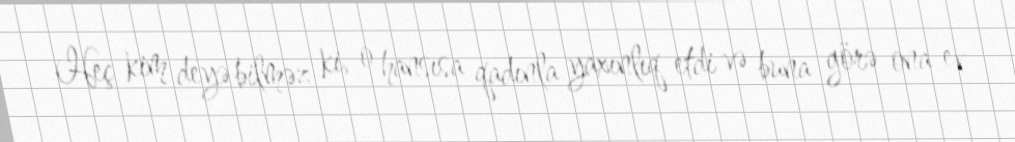
Heç kim deyə bilməz ki, o hansısa qadınla yaxınlıq etdi və buna görə ona ev